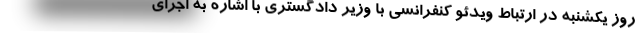
روز یکشنبه در ارتباط ویدئو کنفرانسی با وزیر دادگستری با اشاره به اجرای